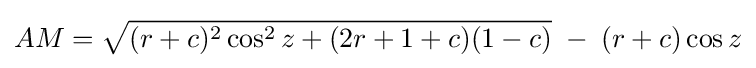
AM={\sqrt {(r+c)^{2}\cos ^{2}z+(2r+1+c)(1-c)}}\;-\;(r+c)\cos z